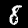
Label: 8